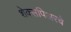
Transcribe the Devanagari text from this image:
शेक्सपिअरचे